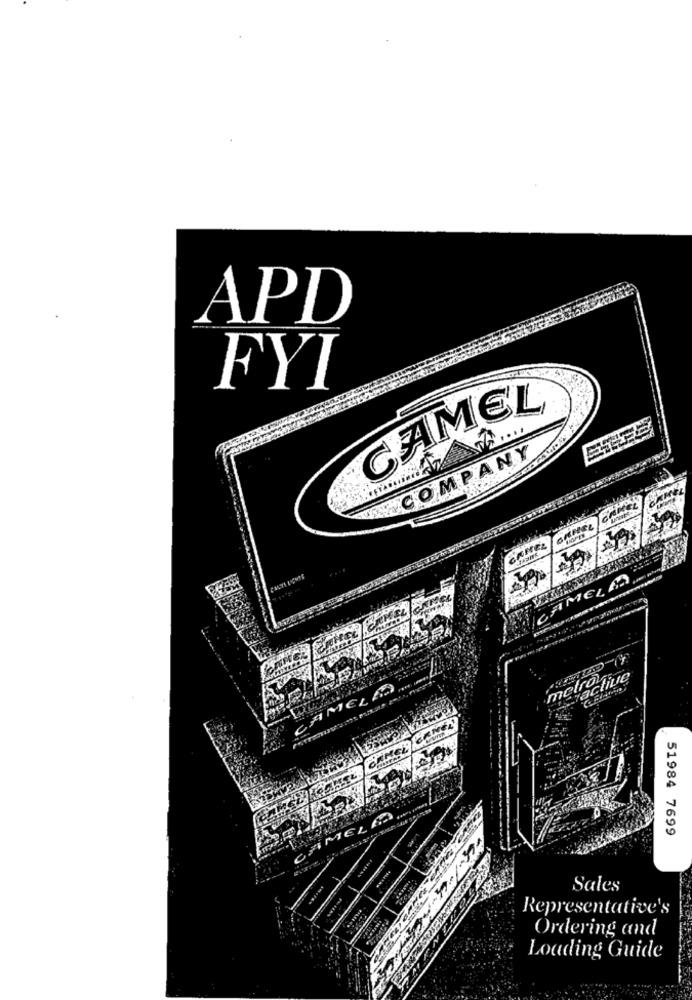
APD
FYI
CAMEL
....
COMPANY
CAREL
CAMEL M
met@ tive
51984 7699
Sales
Representative's
Ordering and
Loading Guide